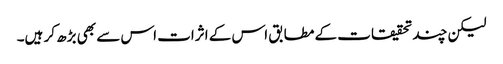
لیکن چند تحقیقات کے مطابق اس کے اثرات اس سے بھی بڑھ کر ہیں۔